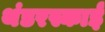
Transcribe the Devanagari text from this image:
थंडरस्काई